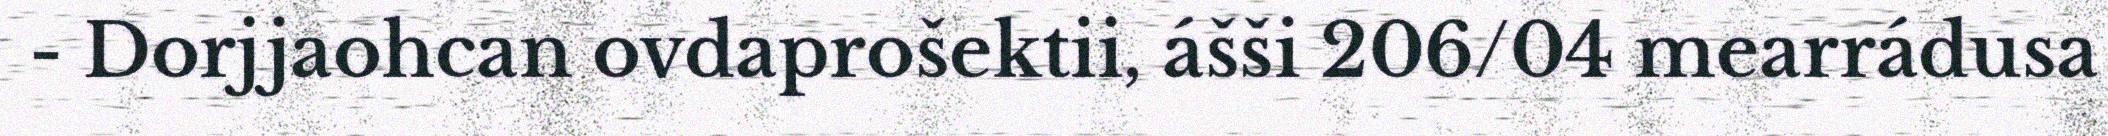
- Dorjjaohcan ovdaprošektii, ášši 206/04 mearrádusa